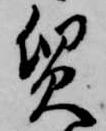
質